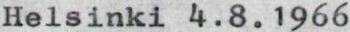
Helsinki 4.8.1966